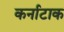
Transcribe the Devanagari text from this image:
कर्नाटाक